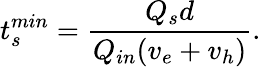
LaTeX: t_{s}^{min}=\frac{Q_{s}d}{Q_{in}(v_{e}+v_{h})}.